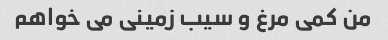
من کمی مرغ و سیب زمینی می خواهم